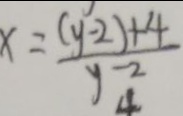
x = \frac { ( y - 2 ) + 4 } { y - 2 }